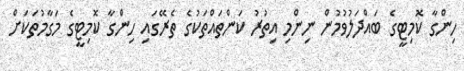
ހިންގާ ކޮމިޓީގެ ބައްދަލުވުމުން ނިންމި އިތުރު ކަންތައްތަކުގެ ތެރޭގައި ހިންގާ ކޮމިޓީގެ މަގާމުތަކަށް